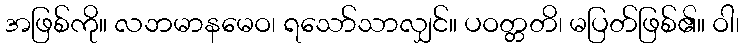
အဖြစ်ကို။ လဘမာနမေဝ၊ ရသော်သာလျှင်။ ပဝတ္တတိ၊ မပြတ်ဖြစ်၏။ ဝါ၊